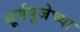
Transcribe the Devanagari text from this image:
सूर्यपूजेच्या